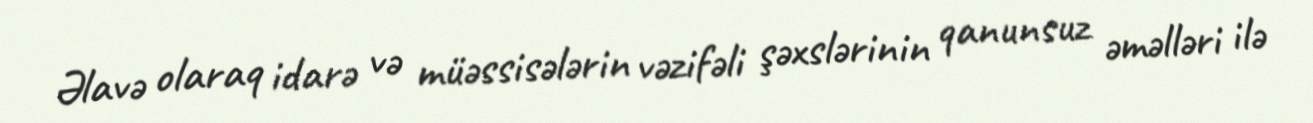
Əlavə olaraq idarə və müəssisələrin vəzifəli şəxslərinin qanunsuz əməlləri ilə